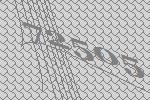
72505